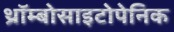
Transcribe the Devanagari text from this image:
थ्रॉम्बोसाइटोपेनिक